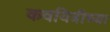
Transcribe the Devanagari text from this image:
कवयित्रीच्या